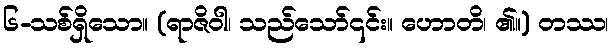
၆-သစ်ရှိသော။ (ရာဇိဝါ၊ သည်သော်၎င်း။ ဟောတိ၊ ၏။) တဿ၊